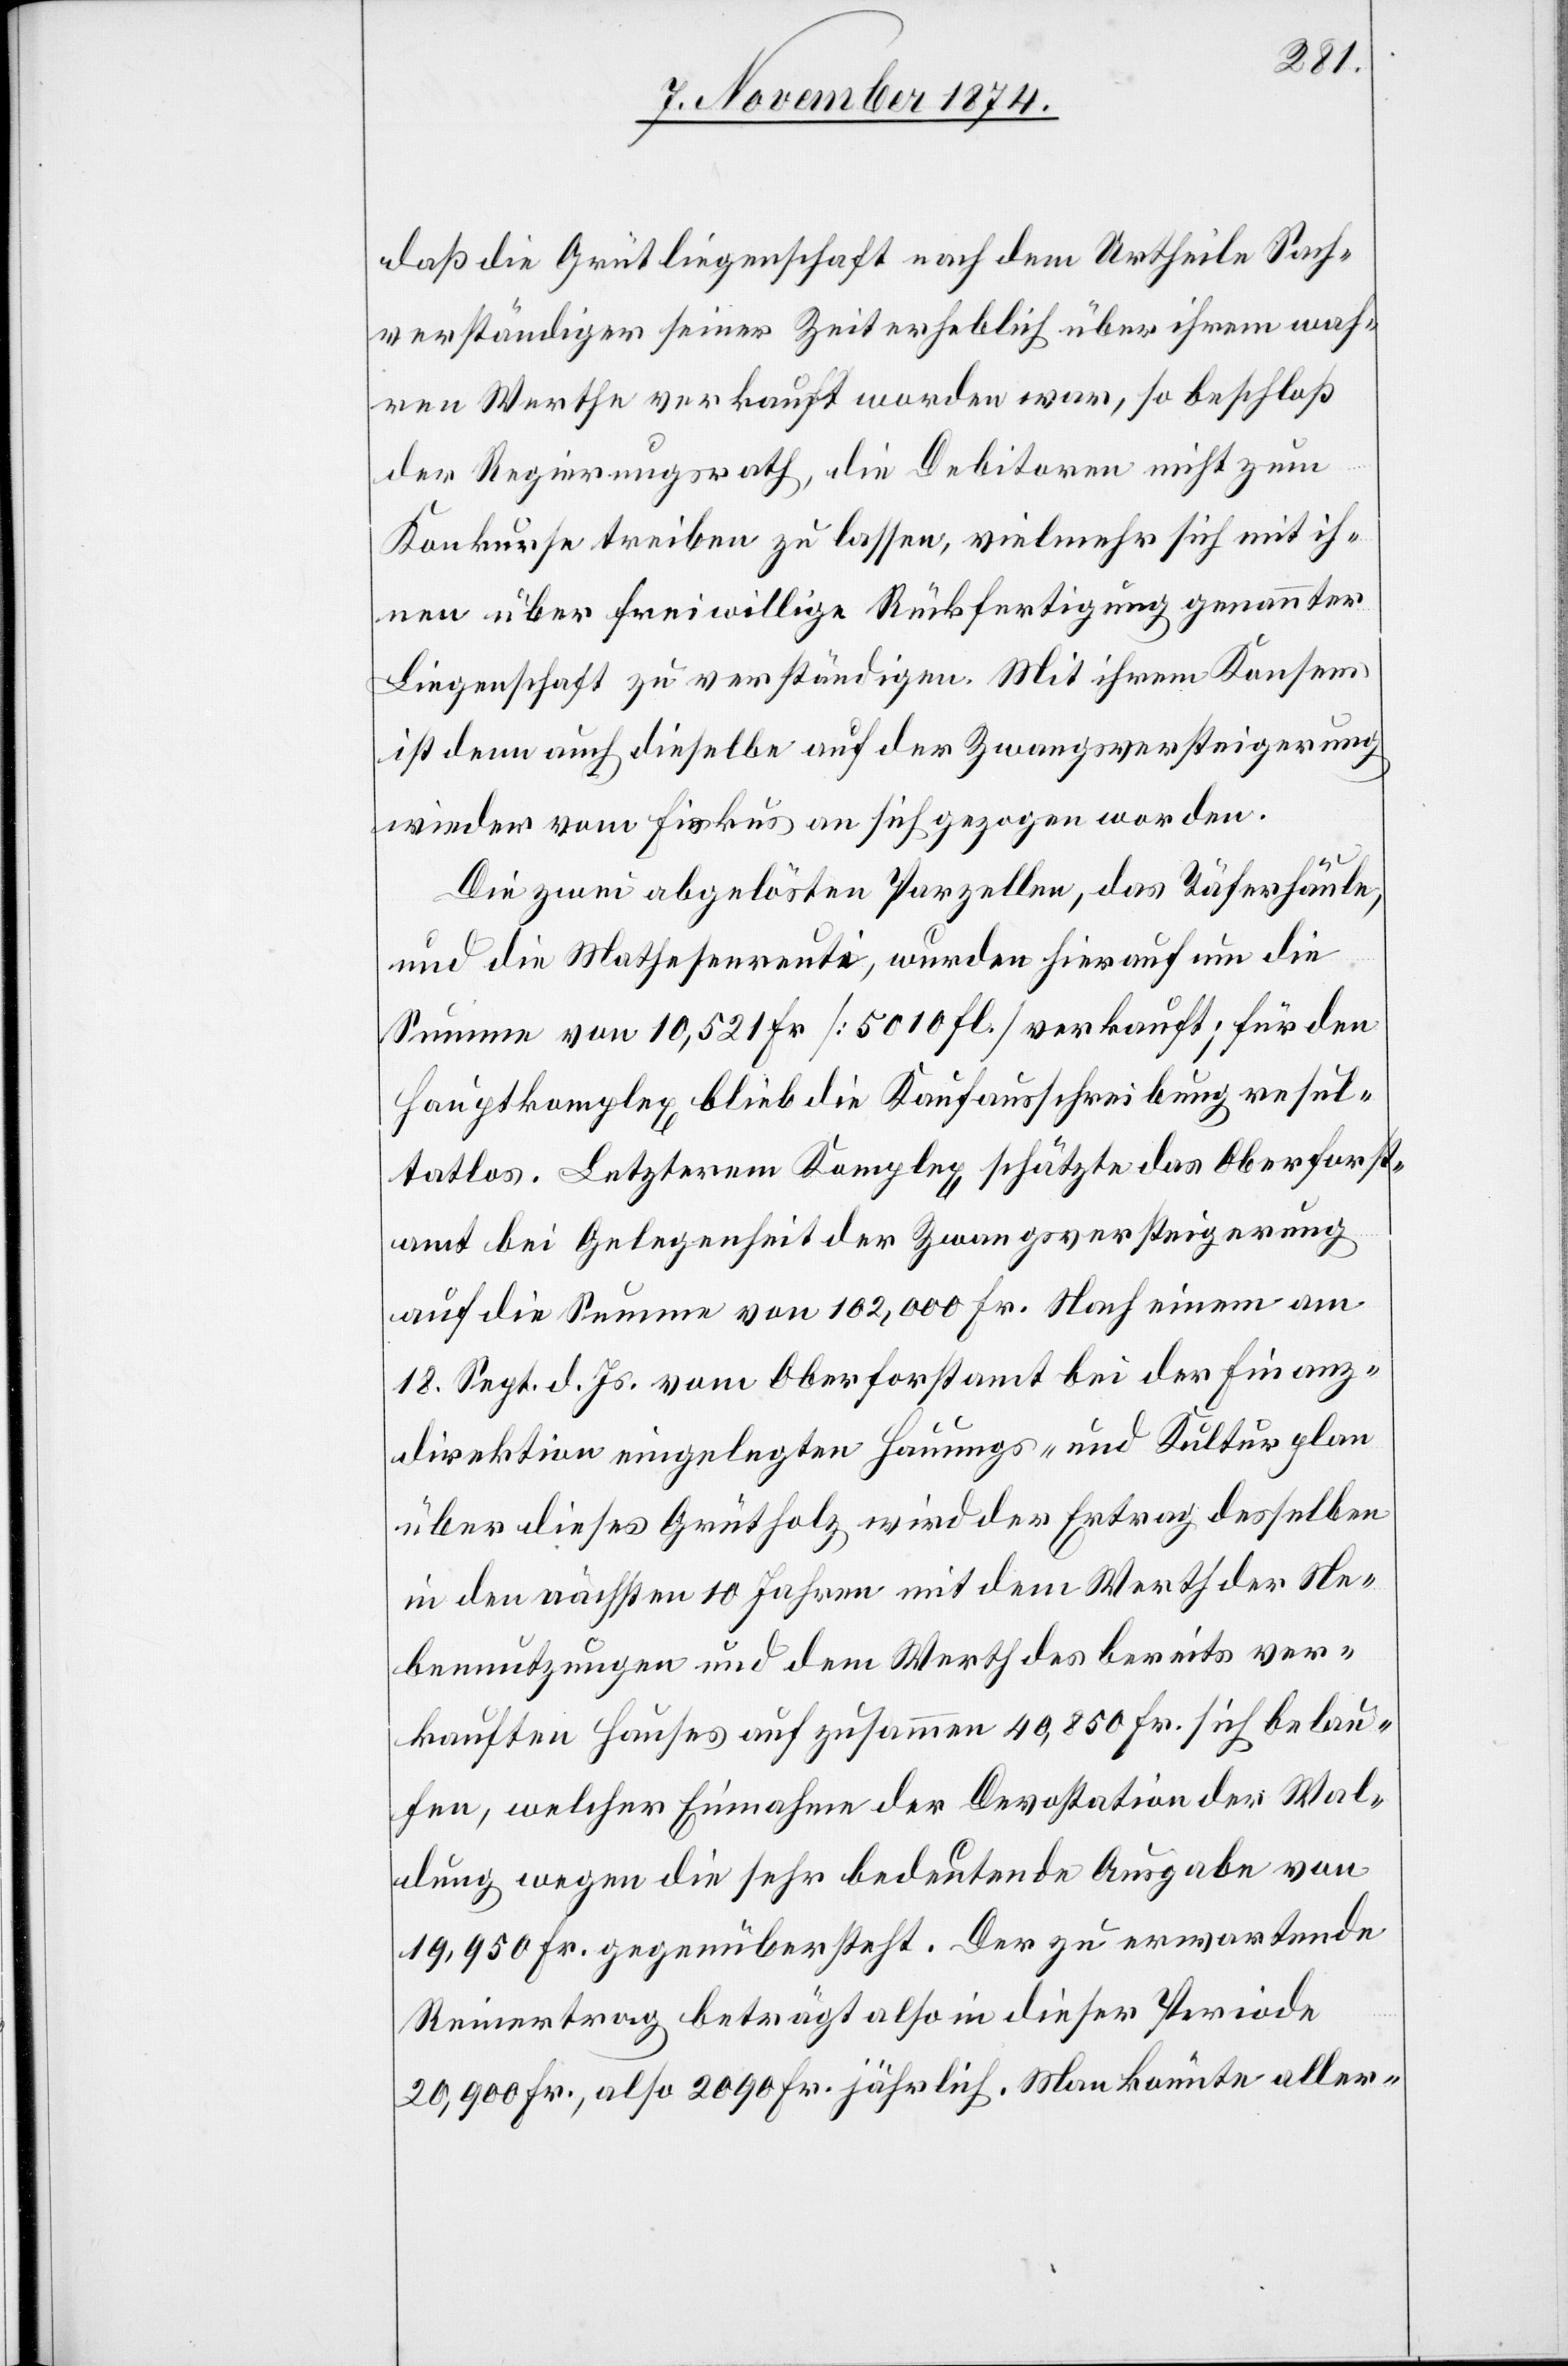
daß die Grütliegenschaft nach dem Urtheile Sach¬
verständiger seiner Zeit erheblich über ihrem wah¬
ren Werthe verkauft worden war, so beschloß
der Regierungsrath, die Debitoren nicht zum
Konkurse treiben zu lassen, vielmehr sich mit ih¬
nen über freiwillige Rückfertigung genannter
Liegenschaft zu verständigen. Mit ihrem Konsens
ist denn auch dieselbe auf der Zwangsversteigerung
wieder vom Fiskus an sich gezogen worden.
Die zwei abgelösten Parzellen, das Täferhäule,
und die Matheseereuti, wurden hierauf um die
Summe von 10,521 Fr. [5010 fl.] verkauft; für den
Hauptkomplex blieb die Kaufausschreibung resul¬
tatlos. Letzterem Komplex schätzte das Oberforst¬
amt bei Gelegenheit der Zwangsversteigerung
auf die Summe von 102,000 Fr. Nach einem am
18. Sept. d. Js. vom Oberforstamt bei der Finanz¬
direktion eingelegten Hauungs- und Kulturplan
über dieses Grütholz wird der Ertrag desselben
in den nächsten 10 Jahren mit dem Werth der Ne¬
bennutzungen und dem Werth des bereits ver¬
kauften Hauses auf zusammen 40,850 Fr. sich belau¬
fen, welcher Einnahme der Devostation der Wal¬
dung wegen die sehr bedeutende Ausgabe von
19,950 Fr. gegenübersteht. Der zu erwartende
Reinertrag beträgt also in dieser Periode
20,900 Fr., also 2099 Fr. jährlich. Man könnte aller-